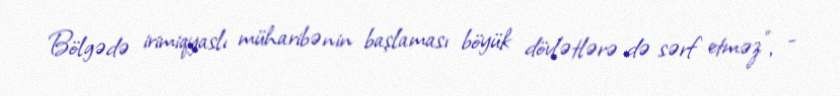
Bölgədə irimiqyaslı müharibənin başlaması böyük dövlətlərə də sərf etməz”, -